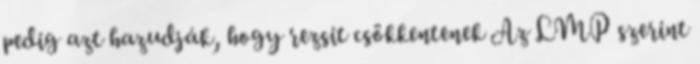
pedig azt hazudják, hogy rezsit csökkentenek Az LMP szerint